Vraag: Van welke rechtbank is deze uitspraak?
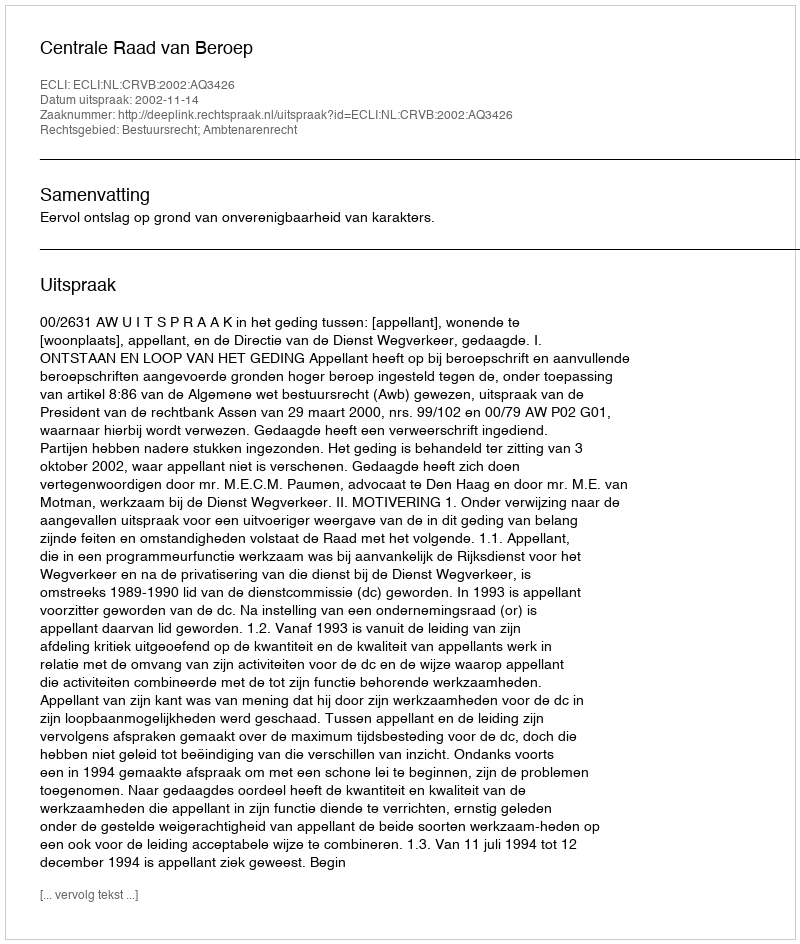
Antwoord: Centrale Raad van Beroep